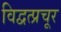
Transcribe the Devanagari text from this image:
विद्वत्प्रचूर